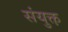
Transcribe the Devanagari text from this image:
संयुक्त़